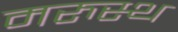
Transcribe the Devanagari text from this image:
मरुस्थ